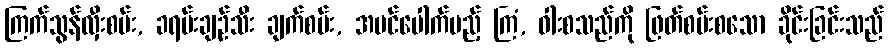
ကြက်သွန်လှီးစမ်း, ခရမ်းချဉ်သီး ချက်စမ်း, အပင်ပေါက်မည့် ကြံ, ဝါးစသည်ကို ဖြတ်စမ်းစသော ခိုင်းခြင်းသည်